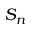
S _ { n }